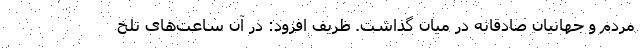
مردم و جهانیان صادقانه در میان گذاشت. ظریف افزود: در آن ساعت‌های تلخ